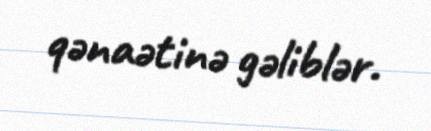
qənaətinə gəliblər.